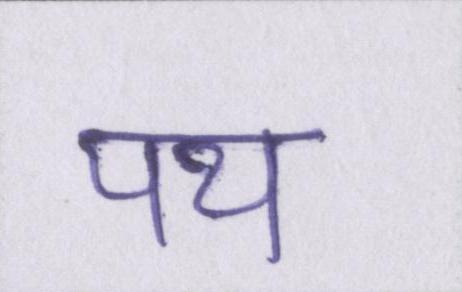
पथ